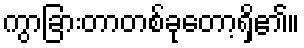
ကွာခြားတာတစ်ခုတော့ရှိ၏။